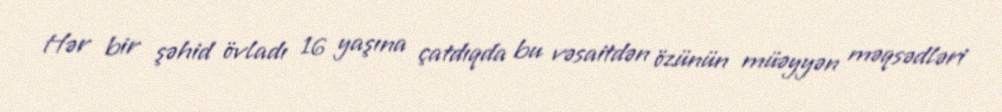
Hər bir şəhid övladı 16 yaşına çatdıqda bu vəsaitdən özünün müəyyən məqsədləri